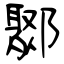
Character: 鄹